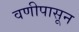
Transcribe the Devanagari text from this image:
वणीपासून